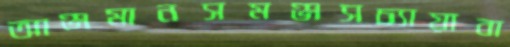
আঞ্জমানসমঞ্জসচ্যায়াবা